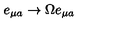
e _ { \mu a } \rightarrow \Omega e _ { \mu a }